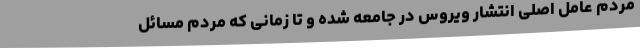
مردم عامل اصلی انتشار ویروس در جامعه شده و تا زمانی که مردم مسائل